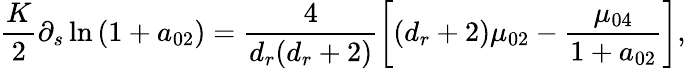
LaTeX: \frac{K}{2}\partial_{s}\ln\left(1+a_{02}\right)=\frac{4}{{d_{r}}({d_{r}}+2)}\left[({d_{r}}+2)\mu_{02}-\frac{\mu_{04}}{1+a_{02}}\right],